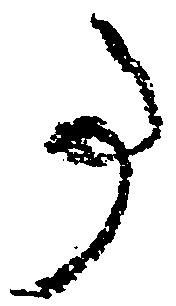
事